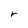
Character: r